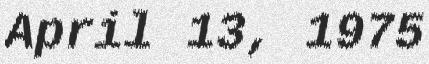
April 13, 1975